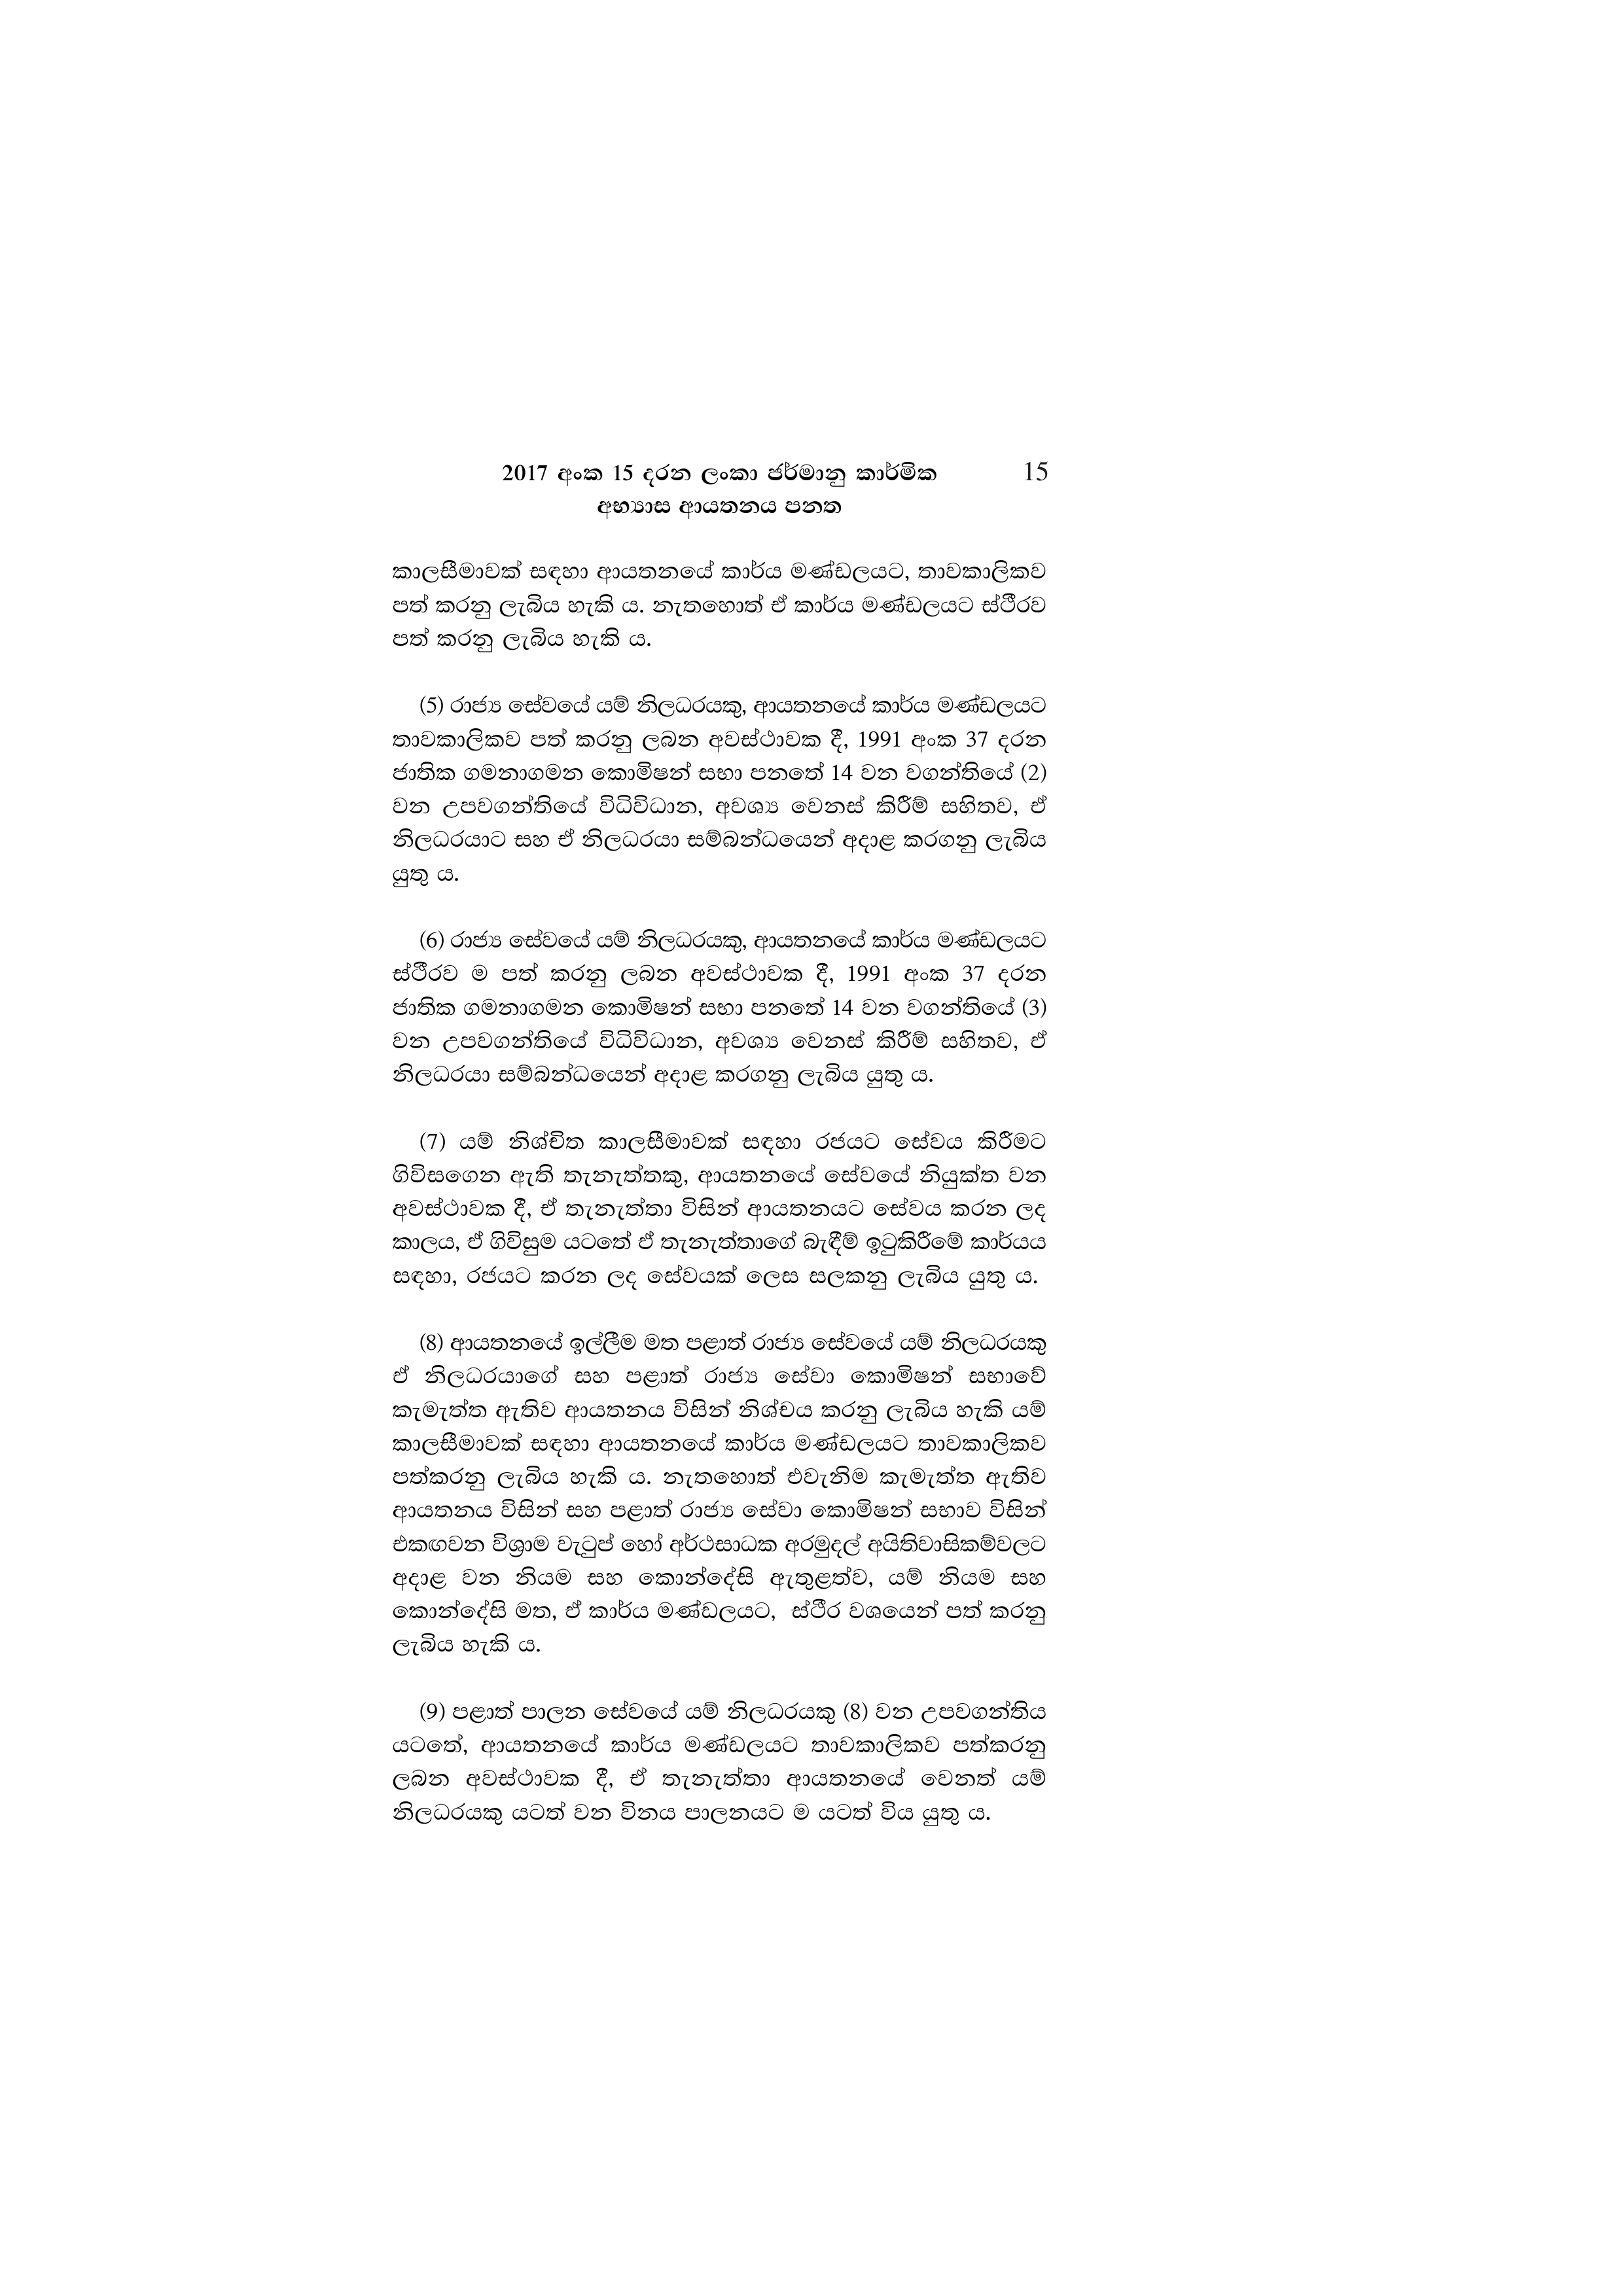
2017 අංක 15 දරන ලංකා ජර්මානු කාර්මික 15
අභ්‍යාස ආයතනය පනත

කාලසීමාවක් සඳහා ආයතනයේ කාර්ය මණ්ඩලයට, තාවකාලිකව
පත් කරනු ලැබිය හැකි ය. නැතහොත් ඒ කාර්ය මණ්ඩලයට ස්ථීරව
පත් කරනු ලැබිය හැකි ය.

(5) රාජ්‍ය සේවයේ යම් නිලධරයකු, ආයතනයේ කාර්ය මණ්ඩලයට
තාවකාලිකව පත් කරනු ලබන අවස්ථාවක දී, 1991 අංක 37 දරන
ජාතික ගමනාගමන කොමිෂන් සභා පනතේ 14 වන වගන්තියේ (2)
වන උපවගන්තියේ විධිවිධාන, අවශ්‍ය වෙනස් කිරීම් සහිතව, ඒ
නිලධරයාට සහ ඒ නිලධරයා සම්බන්ධයෙන් අදාළ කරගනු ලැබිය
යුතු ය.

(6) රාජ්‍ය සේවයේ යම් නිලධරයකු, ආයතනයේ කාර්ය මණ්ඩලයට
ස්ථීරව ම පත් කරනු ලබන අවස්ථාවක දී, 1991 අංක 37 දරන
ජාතික ගමනාගමන කොමිෂන් සභා පනතේ 14 වන වගන්තියේ (3)
වන උපවගන්තියේ විධිවිධාන, අවශ්‍ය වෙනස් කිරීම් සහිතව, ඒ
නිලධරයා සම්බන්ධයෙන් අදාළ කරගනු ලැබිය යුතු ය.

(7) යම් නිශ්චිත කාලසීමාවක් සඳහා රජයට සේවය කිරීමට
ගිවිසගෙන ඇති තැනැත්තකු, ආයතනයේ සේවයේ නියුක්ත වන
අවස්ථාවක දී, ඒ තැනැත්තා විසින් ආයතනයට සේවය කරන ලද
කාලය, ඒ ගිවිසුම යටතේ ඒ තැනැත්තාගේ බැඳීම් ඉටුකිරීමේ කාර්යය
සඳහා, රජයට කරන ලද සේවයක් ලෙස සලකනු ලැබිය යුතු ය.

(8) ආයතනයේ ඉල්ලීම මත පළාත් රාජ්‍ය සේවයේ යම් නිලධරයකු
ඒ නිලධරයාගේ සහ පළාත් රාජ්‍ය සේවා කොමිෂන් සභාවේ
කැමැත්ත ඇතිව ආයතනය විසින් නිශ්චය කරනු ලැබිය හැකි යම්
කාලසීමාවක් සඳහා ආයතනයේ කාර්ය මණ්ඩලයට තාවකාලිකව
පත්කරනු ලැබිය හැකි ය. නැතහොත් එවැනිම කැමැත්ත ඇතිව
ආයතනය විසින් සහ පළාත් රාජ්‍ය සේවා කොමිෂන් සභාව විසින්
එකඟවන විශ්‍රාම වැටුප් හෝ අර්ථසාධක අරමුදල් අයිතිවාසිකම්වලට
අදාළ වන නියම සහ කොන්දේසි ඇතුළත්ව, යම් නියම සහ
කොන්දේසි මත, ඒ කාර්ය මණ්ඩලයට, ස්ථීර වශයෙන් පත් කරනු
ලැබිය හැකි ය.

(9) පළාත් පාලන සේවයේ යම් නිලධරයකු (8) වන උපවගන්තිය
යටතේ, ආයතනයේ කාර්ය මණ්ඩලයට තාවකාලිකව පත්කරනු
ලබන අවස්ථාවක දී, ඒ තැනැත්තා ආයතනයේ වෙනත් යම්
නිලධරයකු යටත් වන විනය පාලනයට ම යටත් විය යුතු ය.